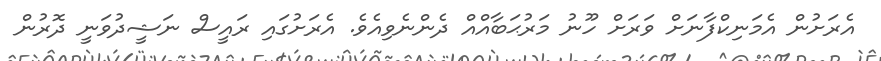
އެރަށުން އެމަނިކްފާނަށް ވަރަށް ހޫނު މަރުޙަބާއްއް ދެންނެވިއެވެ. އެރަށުގައި ރައީސް ނަޝީދުވަނީ ދޮރުން